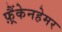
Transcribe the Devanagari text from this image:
फ़्रैंकेनहेमर